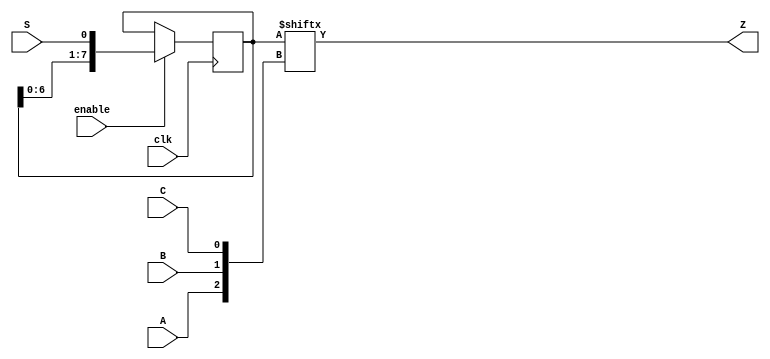
module top_module (
    input clk,
    input enable,
    input S,
    input A, B, C,
    output Z ); 
    reg [7:0] Q;
always @(posedge clk)
    if (~enable) Q <= Q;
    else Q <= {Q[6:0], S};
assign Z = Q[{A, B, C}];

endmodule